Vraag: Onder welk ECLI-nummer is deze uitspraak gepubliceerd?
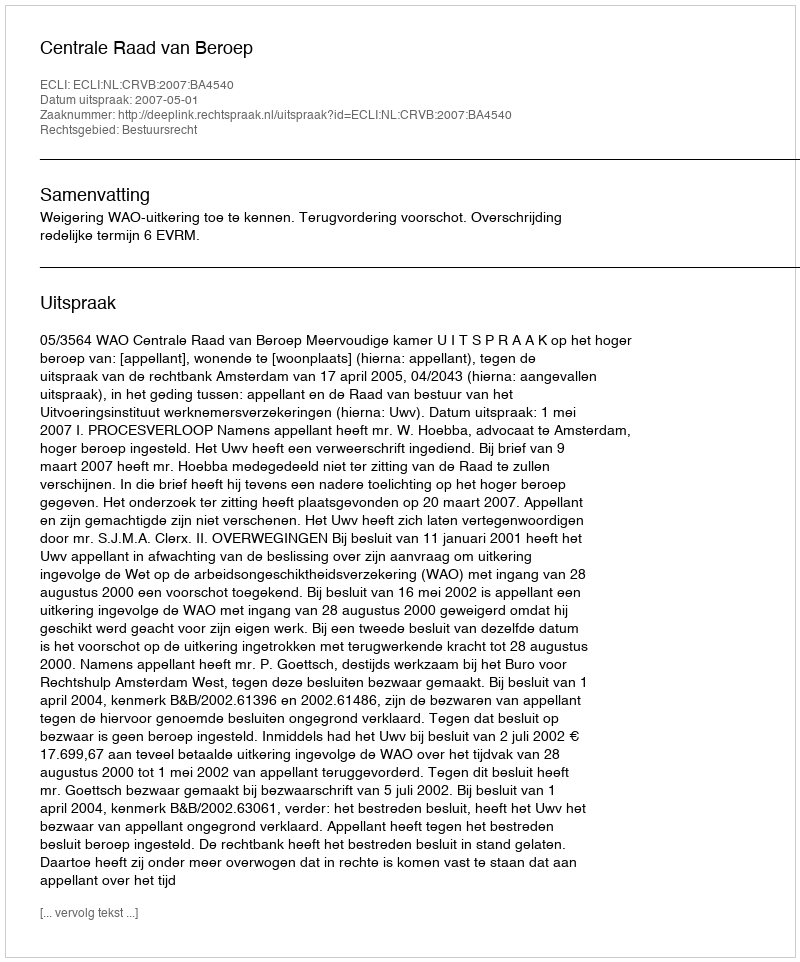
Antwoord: ECLI:NL:CRVB:2007:BA4540